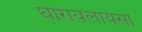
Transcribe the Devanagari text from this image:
घोरायलायसा